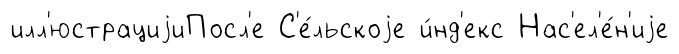
илл'юстрациjиПосл'е С'е́льскоjе и́нд'екс Нас'ел'е́н'иjе